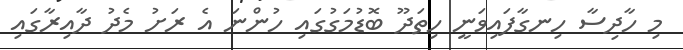
މި ހާދިސާ ހިނގާފައިވަނީ ހިތަދޫ ބޮޑުމަގުގައި ހުންނަ އެ ރަށު މެދު ދާއިރާގައި